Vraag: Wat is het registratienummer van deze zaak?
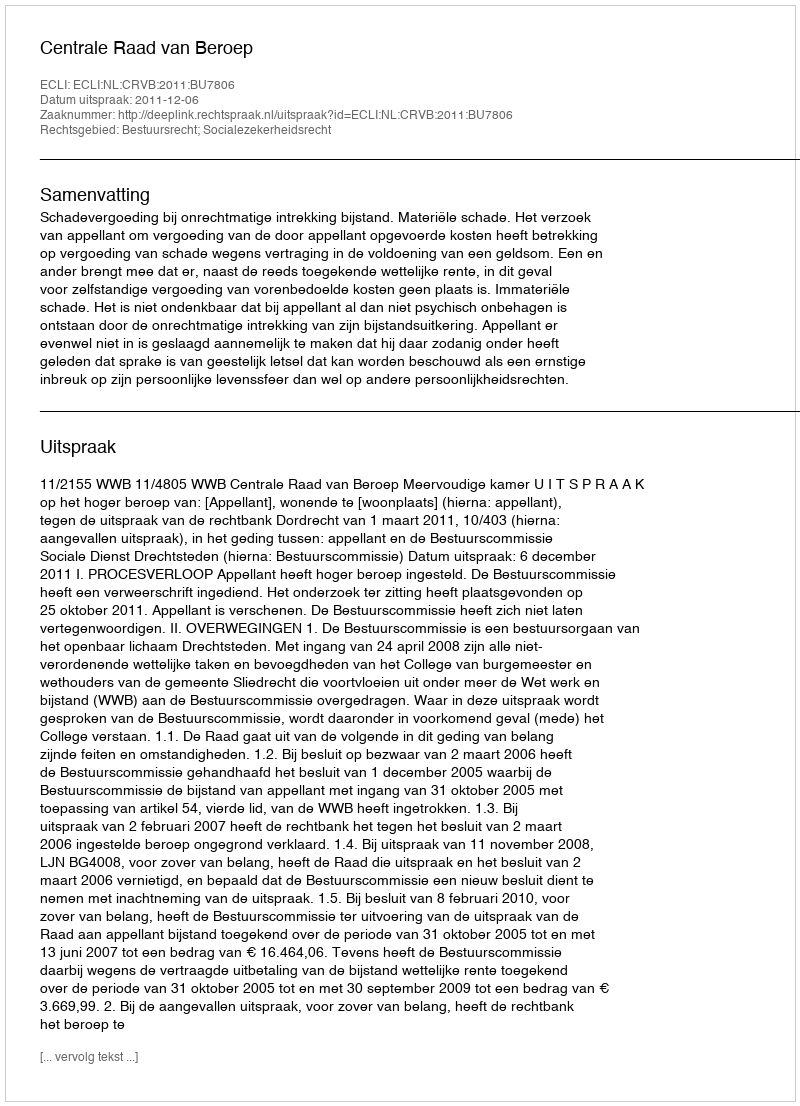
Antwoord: http://deeplink.rechtspraak.nl/uitspraak?id=ECLI:NL:CRVB:2011:BU7806